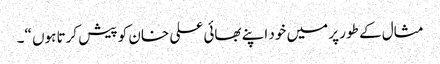
مثال کے طور پر میں خود اپنے بھائی علی خان کو پیش کرتا ہوں “۔